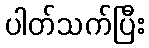
ပါတ်သက်ပြီး